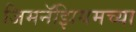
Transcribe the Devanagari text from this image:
जिमनॅझियमच्या